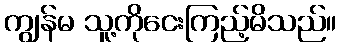
ကျွန်မ သူ့ကိုငေးကြည့်မိသည်။